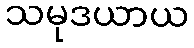
သမုဒယာယ